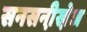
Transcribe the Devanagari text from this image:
सनसनी़खे़ज